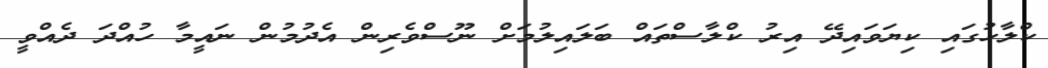
ކްލާހުގައި ކިޔަވައިދޭ އިރު ކްލާސްތައް ބަލައިލުމަށް ނޫސްވެރިން އެދުމުން ނައީމާ ހުއްދަ ދެއްވީ